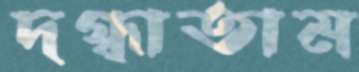
দগ্ধাতাম